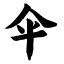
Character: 伞